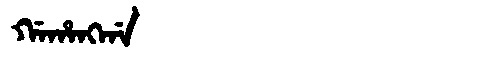
Manchu: ᡤᠠᡥᠠᠩᡤᠠ
Romanization: GAHANGGA